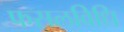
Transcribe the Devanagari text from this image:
फसलविधि